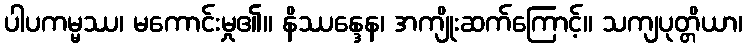
ပါပကမ္မဿ၊ မကောင်းမှု၏။ နိဿန္ဒေန၊ အကျိုးဆက်ကြောင့်။ သကျပုတ္တိယာ၊